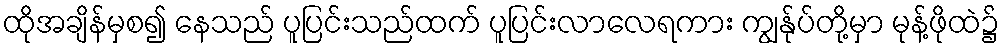
ထိုအချိန်မှစ၍ နေသည် ပူပြင်းသည်ထက် ပူပြင်းလာလေရကား ကျွန်ုပ်တို့မှာ မုန့်ဖိုထဲ၌